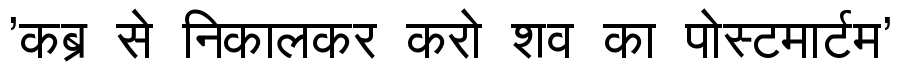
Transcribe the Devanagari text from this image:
'कब्र से निकालकर करो शव का पोस्टमार्टम'